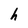
Character: h